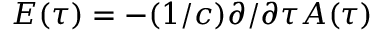
E ( \tau ) = - ( 1 / c ) \partial / \partial \tau A ( \tau )